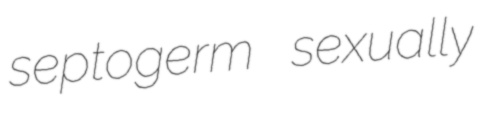
septogerm sexually